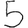
Digit: 5